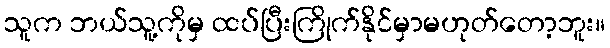
သူက ဘယ်သူ့ကိုမှ ထပ်ပြီးကြိုက်နိုင်မှာမဟုတ်တော့ဘူး။